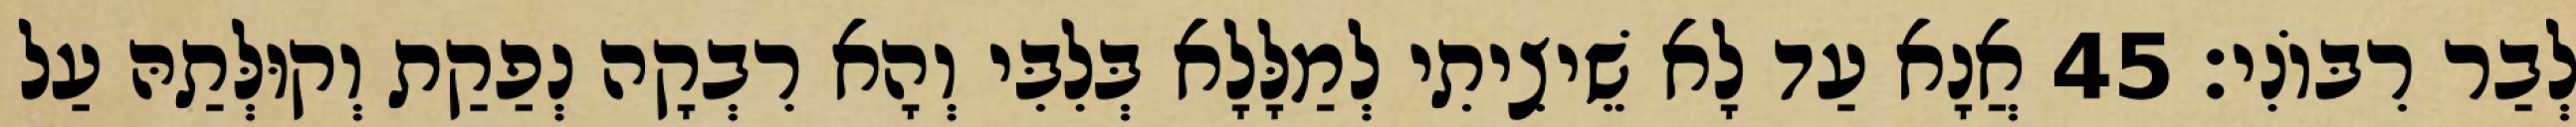
לְבַר רִבּוֹנִי׃ 45 אֲנָא עַד לָא שֵׁיצִיתִי לְמַלָּלָא בְּלִבִּי וְהָא רִבְקָה נְפַקַת וְקוּלְּתַהּ עַל